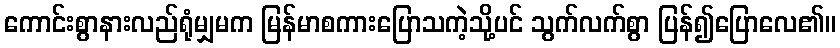
ကောင်းစွာနားလည်ရုံမျှမက မြန်မာစကားပြောသကဲ့သို့ပင် သွက်လက်စွာ ပြန်၍ပြောလေ၏။